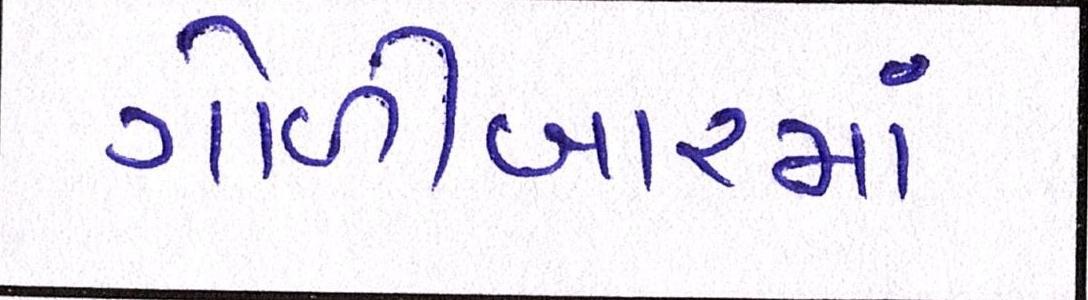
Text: ગોળીબારમાં